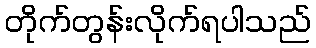
တိုက်တွန်းလိုက်ရပါသည်